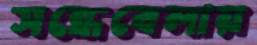
সন্ধেবেলায়